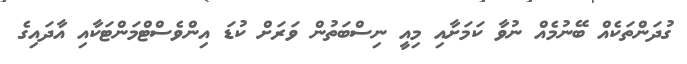
ގުދަންތަކެއް ބޭނުމެއް ނުވާ ކަމަށާއި މިއީ ނިސްބަތުން ވަރަށް ކުޑަ އިންވެސްޓްމަންޓަކާއި އާދައިގެ